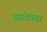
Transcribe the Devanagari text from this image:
ब्रह्मदेवता